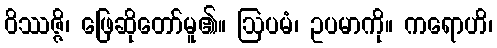
ဝိဿဇ္ဇိ၊ ဖြေဆိုတော်မူ၏။ ဩပမံ၊ ဥပမာကို။ ကရောဟိ၊